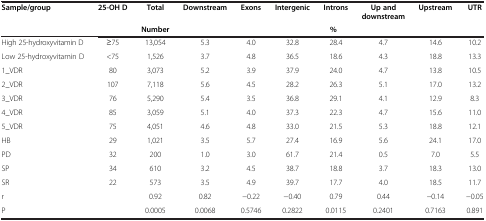
| Sample/group | 25-OH D | Total | Downstream | Exons | Intergenic | Introns | Up and downstream | Upstream | UTR |
 |  |  | Number | <COLSPAN=7> % |
 | --- | --- | --- | --- | --- | --- | --- | --- | --- | --- |
 | High 25-hydroxyvitamin D | ≥75 | 13,054 | 5.3 | 4.0 | 32.8 | 28.4 | 4.7 | 14.6 | 10.2 |
 | Low 25-hydroxyvitamin D | <75 | 1,526 | 3.7 | 4.8 | 36.5 | 18.6 | 4.3 | 18.8 | 13.3 |
 | 1_VDR | 80 | 3,073 | 5.2 | 3.9 | 37.9 | 24.0 | 4.7 | 13.8 | 10.5 |
 | 2_VDR | 107 | 7,118 | 5.6 | 4.5 | 28.2 | 26.3 | 5.1 | 17.0 | 13.2 |
 | 3_VDR | 76 | 5,290 | 5.4 | 3.5 | 36.8 | 29.1 | 4.1 | 12.9 | 8.3 |
 | 4_VDR | 85 | 3,059 | 5.1 | 4.0 | 37.3 | 22.3 | 4.7 | 15.6 | 11.0 |
 | 5_VDR | 75 | 4,051 | 4.6 | 4.8 | 33.0 | 21.5 | 5.3 | 18.8 | 12.1 |
 | HB | 29 | 1,021 | 3.5 | 5.7 | 27.4 | 16.9 | 5.6 | 24.1 | 17.0 |
 | PD | 32 | 200 | 1.0 | 3.0 | 61.7 | 21.4 | 0.5 | 7.0 | 5.5 |
 | SP | 34 | 610 | 3.2 | 4.5 | 38.7 | 18.8 | 3.7 | 18.3 | 13.0 |
 | SR | 22 | 573 | 3.5 | 4.9 | 39.7 | 17.7 | 4.0 | 18.5 | 11.7 |
 | r |  | 0.92 | 0.82 | −0.22 | −0.40 | 0.79 | 0.44 | −0.14 | −0.05 |
 | P |  | 0.0005 | 0.0068 | 0.5746 | 0.2822 | 0.0115 | 0.2401 | 0.7163 | 0.891 |